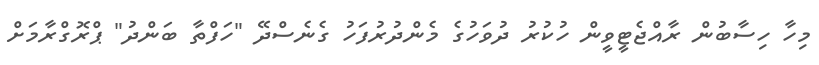
މިހާ ހިސާބުން ރާއްޖެޓީވީން ހުކުރު ދުވަހުގެ މެންދުރުފަހު ގެނެސްދޭ "ހަފްތާ ބަންދު" ޕްރޮގްރާމަށް